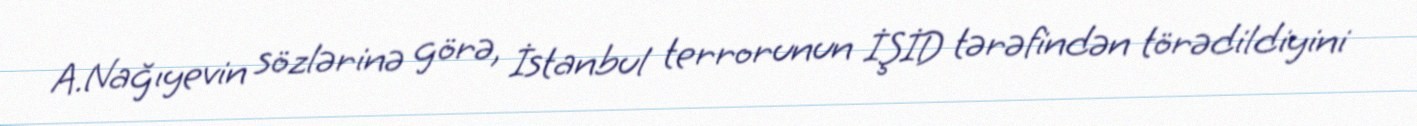
A.Nağıyevin sözlərinə görə, İstanbul terrorunun İŞİD tərəfindən törədildiyini